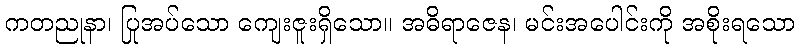
ကတညုနာ၊ ပြုအပ်သော ကျေးဇူးရှိသော။ အဓိရာဇေန၊ မင်းအပေါင်းကို အစိုးရသော